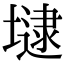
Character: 𡐡